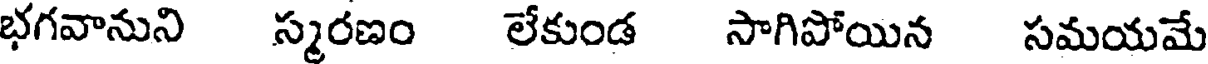
భగవానుని స్మరణం లేకుండ సాగిపోయిన సమయమే